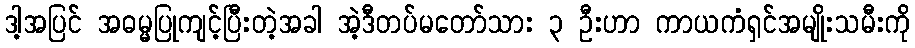
ဒါ့အပြင် အဓမ္မပြုကျင့်ပြီးတဲ့အခါ အဲ့ဒီတပ်မတော်သား ၃ ဦးဟာ ကာယကံရှင်အမျိုးသမီးကို